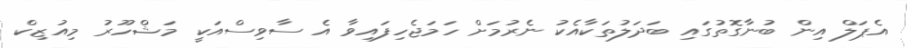
އެޕަލް އިން ބުނާގޮތުގައި ބަދަލުތަކާއެކު ނެރުމަށް ހަމަޖެހިފައިވާ އެ ސާވިސްއަކީ މަޝްހޫރު މިއުޒިކް